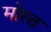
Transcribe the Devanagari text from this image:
मोस्त